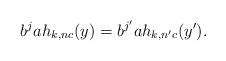
LaTeX: \begin{align*}b^ja h_{k,nc}(y)=b^{j'}ah_{k,n'c}(y').\end{align*}